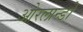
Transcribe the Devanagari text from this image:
ओरलान्डो